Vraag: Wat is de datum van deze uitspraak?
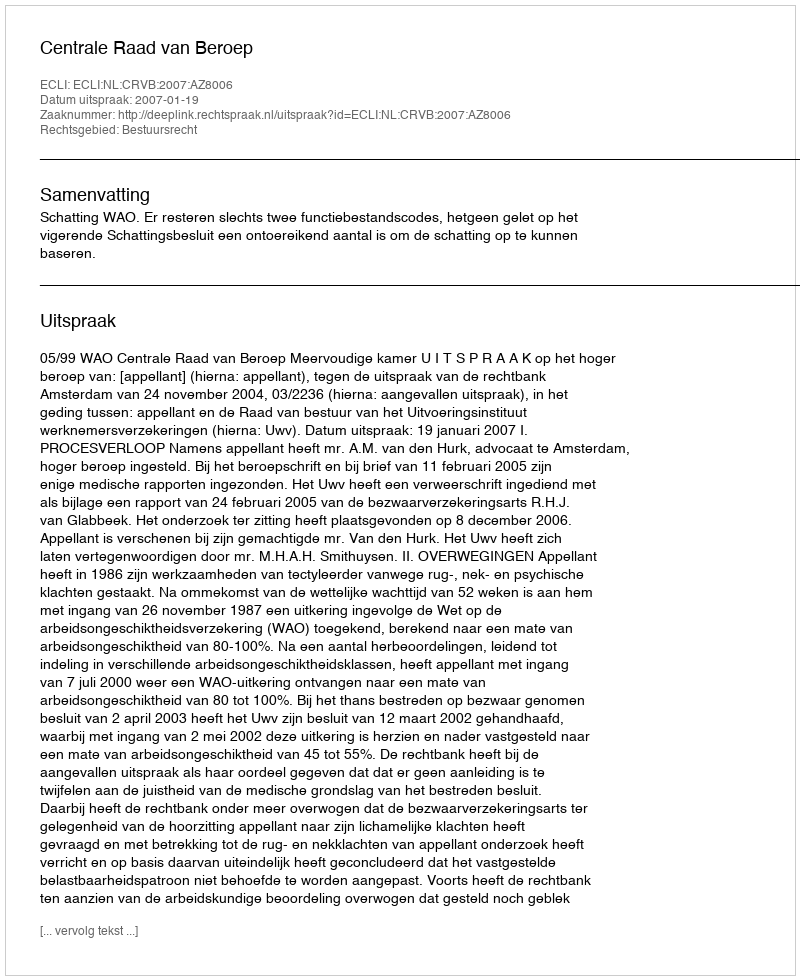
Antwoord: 2007-01-19